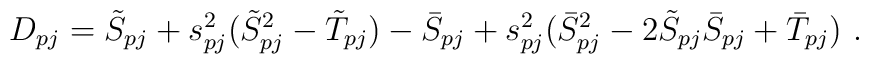
D_{pj}=\tilde S_{pj}+s_{pj}^2(\tilde S_{pj}^2-\tilde T_{pj}    )-\bar S_{pj}+s_{pj}^2(\bar S_{pj}^2-2\tilde S_{pj}    \bar S_{pj}+\bar T_{pj}) \ .